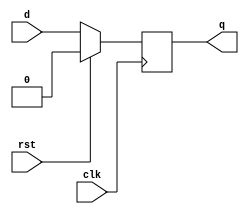
// Just a D-Flipflop with reset.

module Dffr(
  input rst,
  input clk,
  input d,
  output q
);

reg state;

always @(posedge clk) begin
  if (rst) begin
    state <= 0;
  end
  else begin
    state <= d;
  end
end

assign q = state;

endmodule